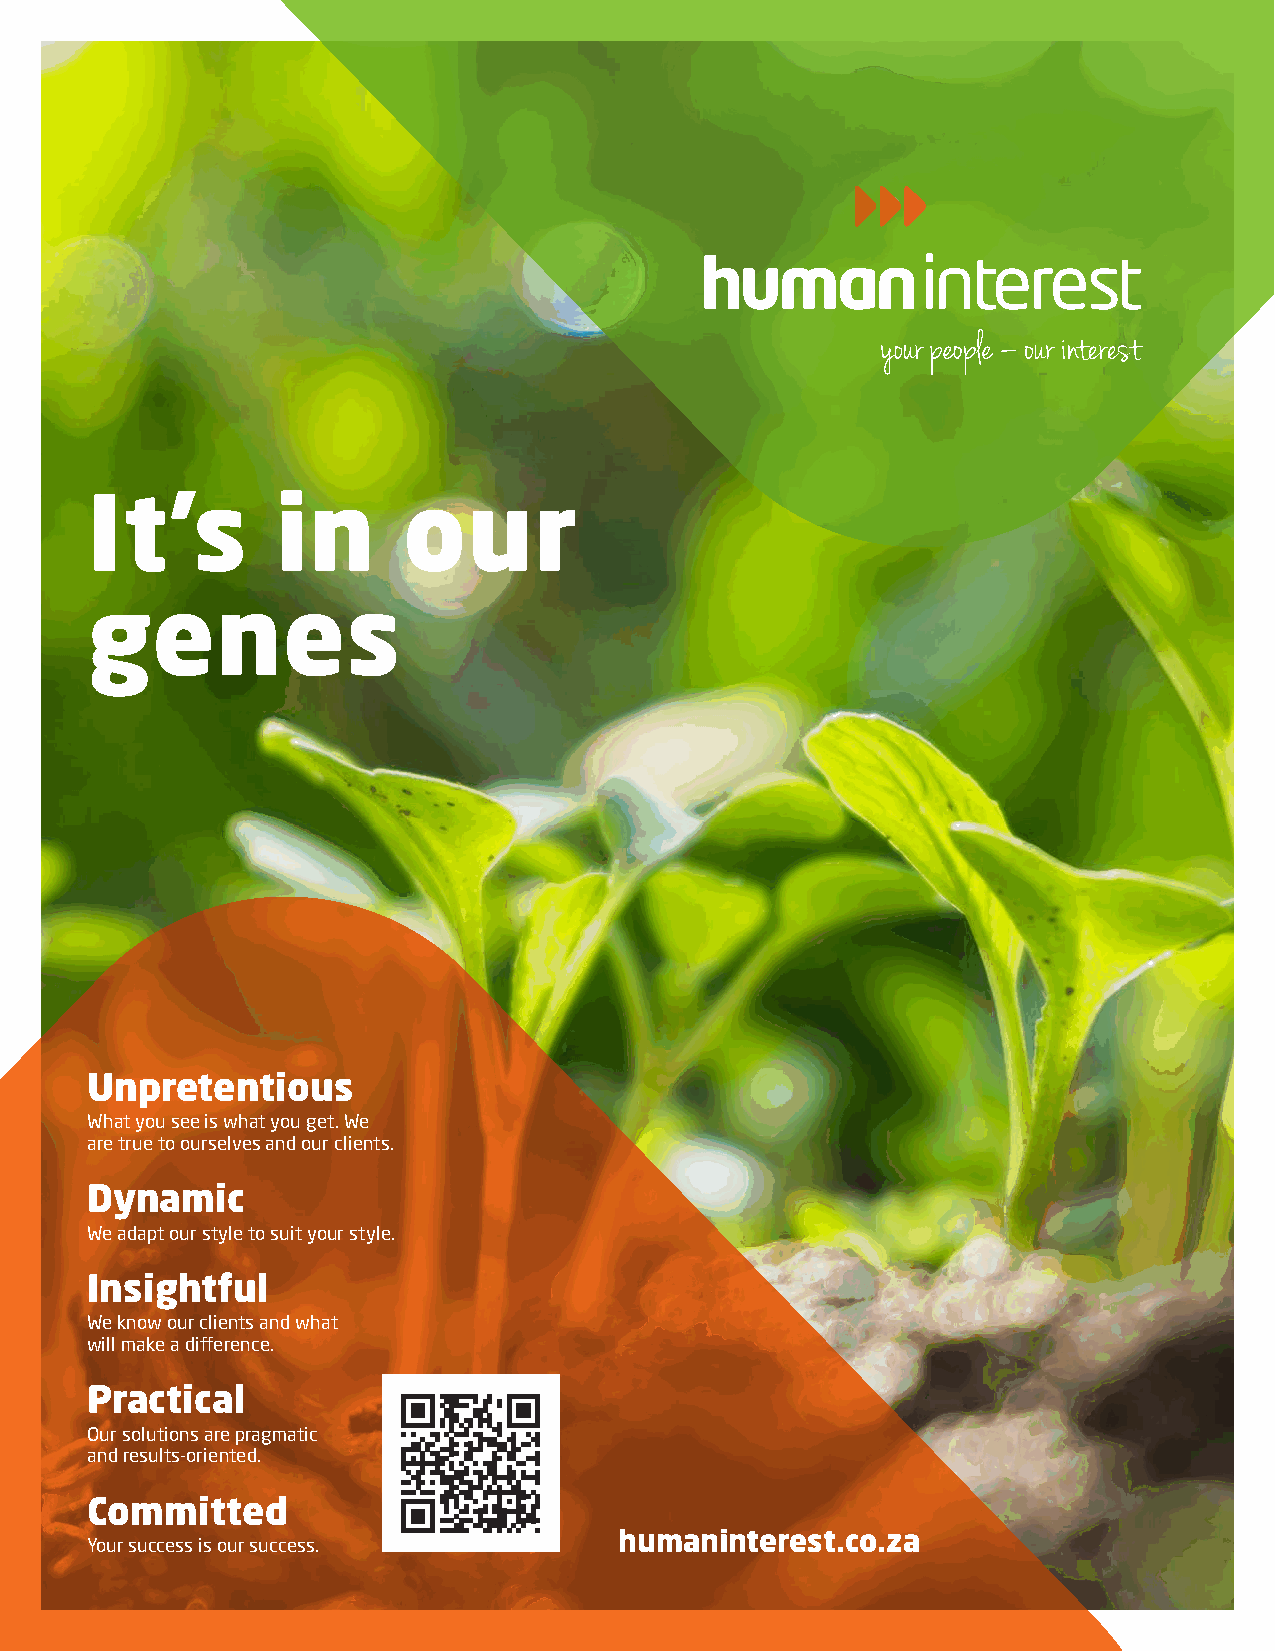
It’s        in       our
 genes
 Unpretentious
 What you see is what you get. We
 are true to ourselves and our clients.
 Dynamic
 We adapt our style to suit your style.
 Insightful
 We know our clients and what
 will make a difference.
 Practical
 Our solutions are pragmatic
 and results-oriented.
 Committed
 humaninterest.co.za
 Your success is our success.